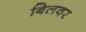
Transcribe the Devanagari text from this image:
बिलवर